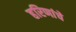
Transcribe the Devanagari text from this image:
हरिणांचे